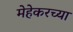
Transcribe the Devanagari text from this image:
मेहेकरच्या